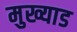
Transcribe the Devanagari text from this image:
मुख्याड